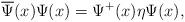
LaTeX: \begin{align*}\overline{\Psi }(x)\Psi (x)=\Psi ^{+}(x)\eta \Psi (x) , \end{align*}